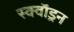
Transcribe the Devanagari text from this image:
स्क्वाॅड्रन